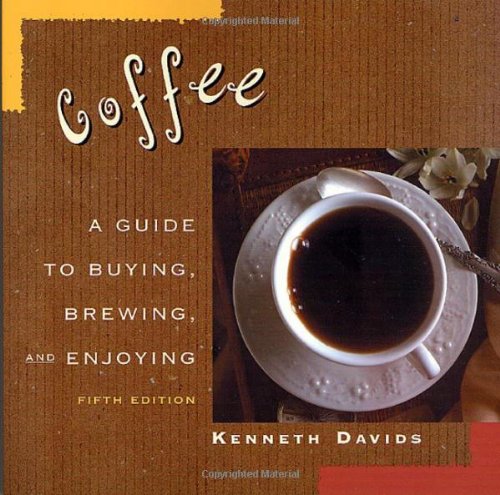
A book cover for Coffee: A Guide to Buying, Brewing, and Enjoying; Kenneth Davids; Cookbooks, Food & Wine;